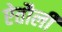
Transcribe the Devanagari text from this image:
ऐतौली